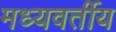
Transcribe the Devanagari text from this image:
मध्यवर्तीय